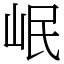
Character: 岷